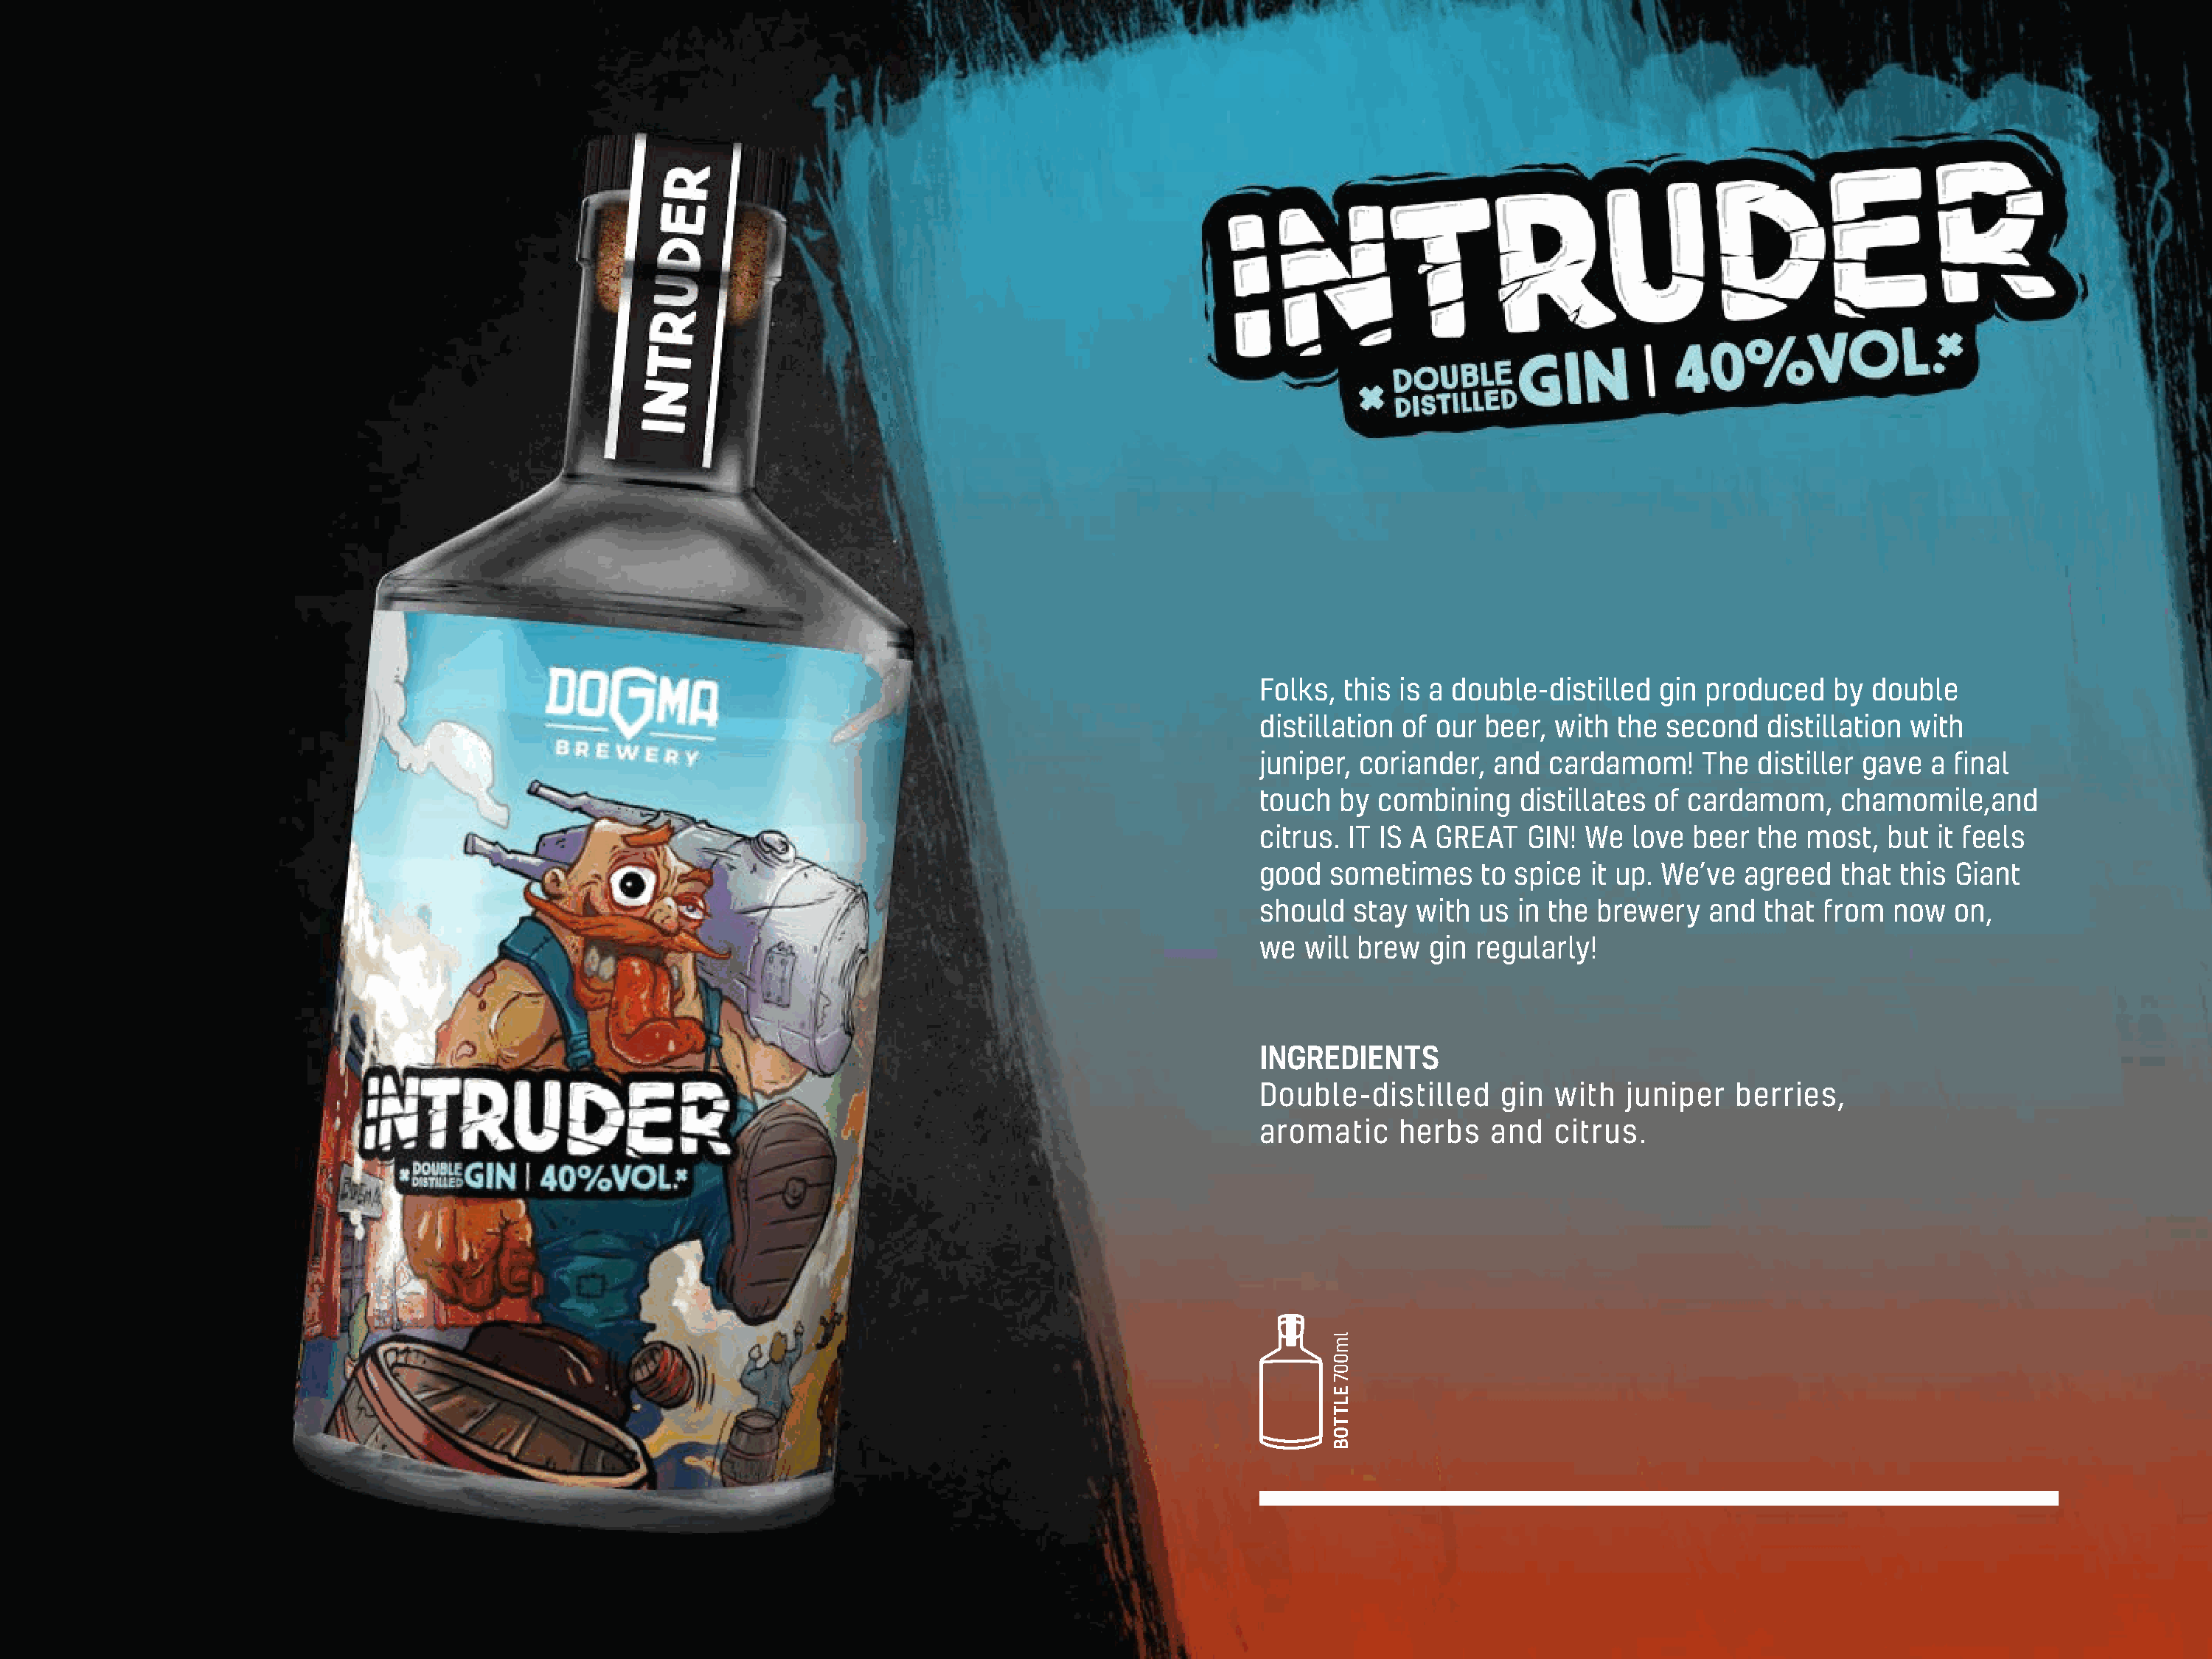
Folks,  this is a double-distilled  gin produced    by double
 distillation of our beer,  with the  second   distillation with
 juniper, coriander,  and  cardamom!     The  distiller gave a final
 touch  by  combining   distillates of cardamom,     chamomile,and
 citrus. IT IS A GREAT   GIN! We   love beer  the most,   but it feels
 good  sometimes     to spice  it up. We’ve  agreed  that  this Giant
 should   stay with  us in the brewery   and  that  from  now  on,
 we  will brew  gin regularly!
 INGREDIENTS
 Double-distilled      gin  with  juniper   berries,
 aromatic     herbs   and   citrus.
 lm007
 ELTTOB